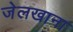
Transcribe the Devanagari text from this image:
जेलखाना